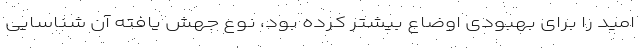
امید را برای بهبودی اوضاع بیشتر کرده بود، نوع جهش یافته آن شناسایی